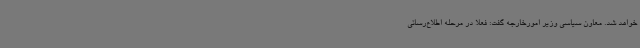
خواهد شد. معاون سیاسی وزیر امورخارجه گفت: فعلا در مرحله اطلاع‌رسانی